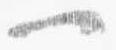
一